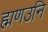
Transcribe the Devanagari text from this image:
ह्मणउनि